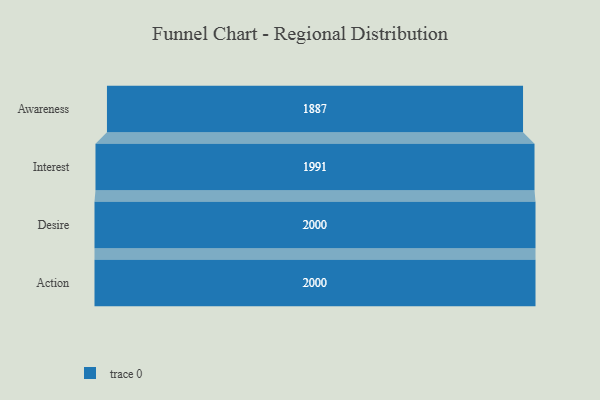
{"axis": {"x": "Stage", "y": "Value"}, "legend": [""], "data": [{"x": "Awareness", "y": 1887.0, "type": ""}, {"x": "Interest", "y": 1991.0, "type": ""}, {"x": "Desire", "y": 2000, "type": ""}, {"x": "Action", "y": 2000, "type": ""}]}